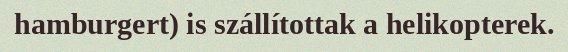
hamburgert) is szállítottak a helikopterek.